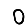
Digit: 0